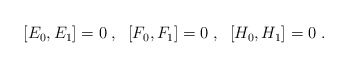
\begin{align*}\\ \,[E_{0},E_{1}] = 0 \;,\;\; [F_{0},F_{1}] = 0 \;,\;\; [H_{0},H_{1}] = 0\;.\end{align*}